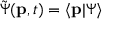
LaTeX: { \tilde { \Psi } } ( \mathbf { p } , t ) = \langle \mathbf { p } \vert \Psi \rangle